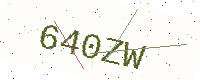
Text: 640ZW